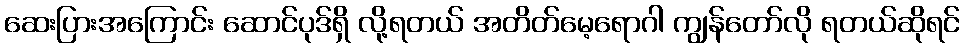
ဆေးပြားအကြောင်း ဆောင်ပုဒ်ရှိ လို့ရတယ် အတိတ်မေ့ရောဂါ ကျွန်တော်လို ရတယ်ဆိုရင်